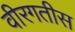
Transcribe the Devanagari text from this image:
वीरगतीस